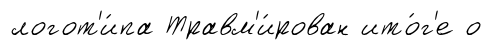
логот'и́па Травм'и́рован ито́г'е о